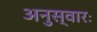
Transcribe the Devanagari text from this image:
अनुस्वारः